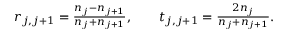
\begin{array} { r } { r _ { j , j + 1 } = \frac { n _ { j } - n _ { j + 1 } } { n _ { j } + n _ { j + 1 } } , \qquad t _ { j , j + 1 } = \frac { 2 n _ { j } } { n _ { j } + n _ { j + 1 } } . } \end{array}